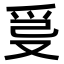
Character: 𤔂